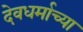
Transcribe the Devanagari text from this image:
देवधर्माच्या